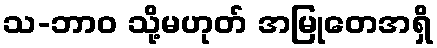
သ-ဘာဝ သို့မဟုတ် အမြုတေအရှိ